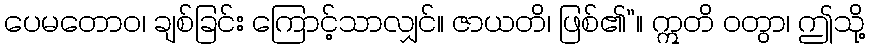
ပေမတောဝ၊ ချစ်ခြင်း ကြောင့်သာလျှင်။ ဇာယတိ၊ ဖြစ်၏”။ ဣတိ ဝတွာ၊ ဤသို့